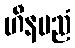
ဟီနမညံ